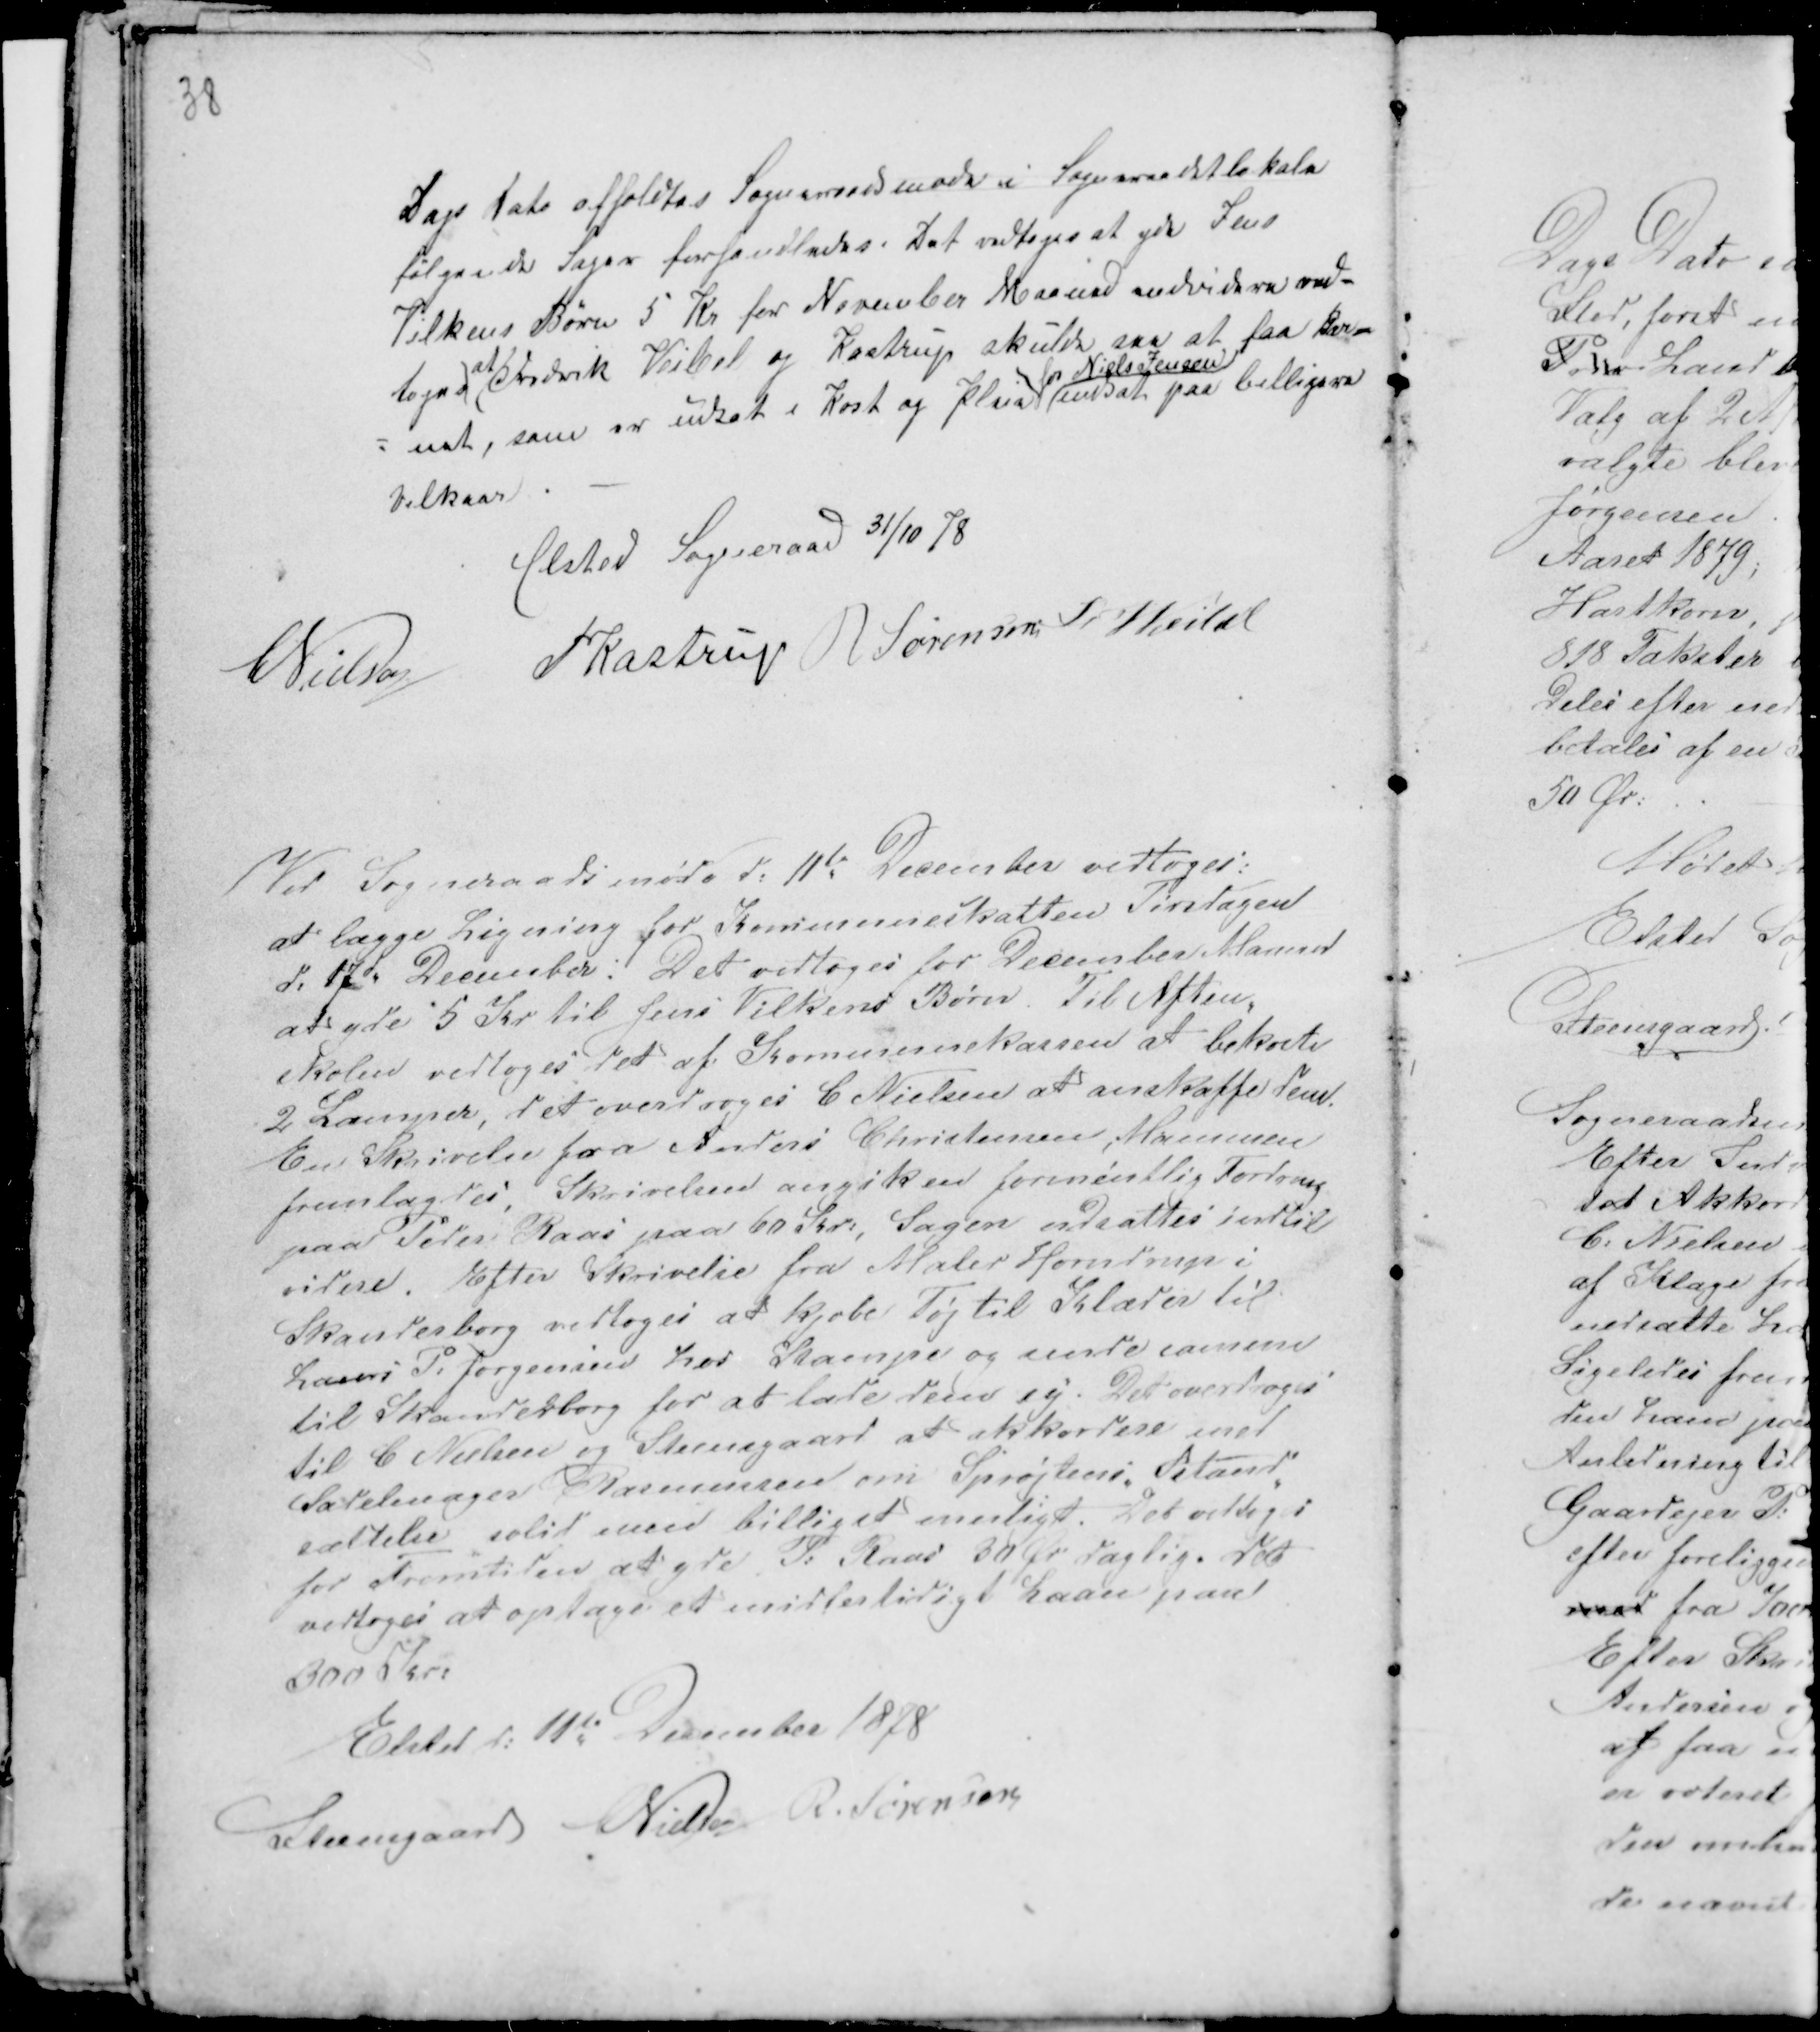
Transskription:
38

Dags Dato afholdtes Sogneraadet i Sogneraadetlokale
følgende Sager forhandledes. Det vedtoges at yde Jens
Vilkens Børn 5 Kr for November Maaned endvidere ved-
toges
at
Frederik Veibel og Kastrup skulde saa at faa Bar-
net, som er indsat i Kost og Pleie
for Niels Jensen
indsat paa billigere
Vilkår. -
Elsted Sogneraad 31/10 78
CNielsen PKastrup R Sørensen Fr Veibel

Ved Sogneraadsmøde d: 11te December vedtoges
at lægge Ligning for Kommuneskatten Tirsdagen
d: 17d December: Det vedtoges for December Maaned
at yde 5 Kr til Jens Vilkens Børn. Til Aften-
skolen vedtoges det af Kommunekassen at bekoste
2 Lamper, det overdroges C Nielsen at anskaffe dem.
En Skrivelse fra Anders Christensen, Hammen
fremlagdes. Skrivelsen angik en formentlig Fordring
paa Peder Kaas paa 60 Kr:, Sagen udsattes indtil
videre. Efter Skrivelse fra Maler Horndrup i
Skanderborg vedtoges at kjøbe Tøj til Klæder til
Laurs P: Jørgensen hos Stampe og sende samme
til Skanderborg for at lade dem sy. Det overdroges
til C Nielsen og Steensgaard at akkorde med
Sadelmager Rasmussen om Sprøjtens Istand-
sættelse solid men billigst muligt. Det vedtoges
for Fremtiden at yde P: Kaas 30 Ør daglig. det
vedtoges at optage et midlertidigt Laan paa
300 Kr:
Elsted d: 11te December 1878
Steensgaard CNielsen R. Sørensen